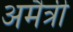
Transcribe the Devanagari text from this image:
अमैत्री